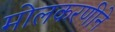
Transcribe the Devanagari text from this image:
मोलकरणीने